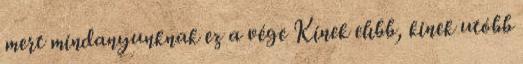
mert mindanyunknak ez a vége Kinek elıbb, kinek utóbb